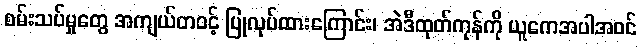
စမ်းသပ်မှုတွေ အကျယ်တဝင့် ပြုလုပ်ထားကြောင်း၊ အဲဒီထုတ်ကုန်ကို ယူကေအပါအဝင်